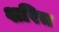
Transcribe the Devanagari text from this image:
शरित